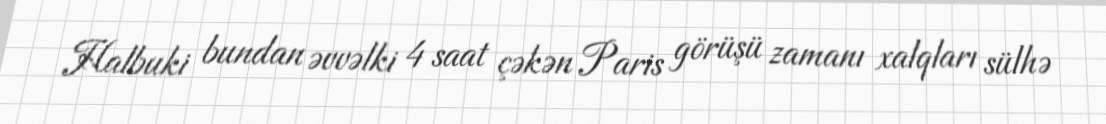
Halbuki bundan əvvəlki 4 saat çəkən Paris görüşü zamanı xalqları sülhə